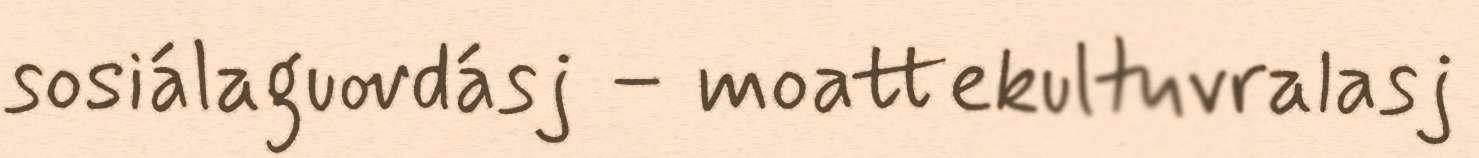
sosiálaguovdásj – moattekultuvralasj